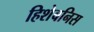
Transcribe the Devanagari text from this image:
हिशेबनिस